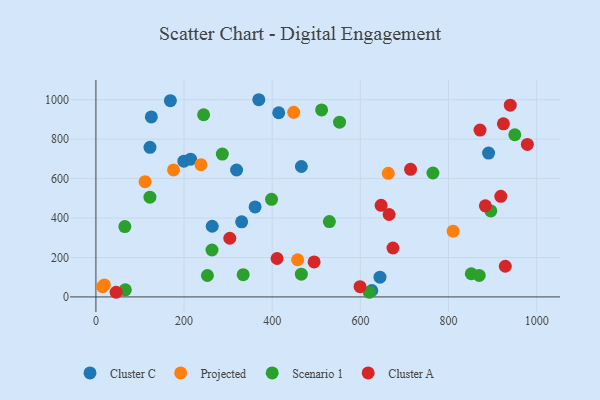
{"axis": {"x": "Speed", "y": "Exam Score"}, "legend": ["Cluster A", "Cluster C", "Projected", "Scenario 1"], "data": [{"x": "890.8", "y": 729.1, "type": "Cluster C"}, {"x": "199.5", "y": 688.0, "type": "Cluster C"}, {"x": "319.1", "y": 643.6, "type": "Cluster C"}, {"x": "125.7", "y": 912.4, "type": "Cluster C"}, {"x": "330.6", "y": 380.6, "type": "Cluster C"}, {"x": "466.1", "y": 661.2, "type": "Cluster C"}, {"x": "644.4", "y": 100.3, "type": "Cluster C"}, {"x": "214.7", "y": 698.4, "type": "Cluster C"}, {"x": "263.8", "y": 358.3, "type": "Cluster C"}, {"x": "414.7", "y": 933.7, "type": "Cluster C"}, {"x": "625.9", "y": 32.5, "type": "Cluster C"}, {"x": "369.5", "y": 999.8, "type": "Cluster C"}, {"x": "168.9", "y": 994.8, "type": "Cluster C"}, {"x": "361.1", "y": 456.5, "type": "Cluster C"}, {"x": "122.6", "y": 758.5, "type": "Cluster C"}, {"x": "238.3", "y": 670.6, "type": "Projected"}, {"x": "810.4", "y": 333.3, "type": "Projected"}, {"x": "19.2", "y": 60.9, "type": "Projected"}, {"x": "176.1", "y": 643.9, "type": "Projected"}, {"x": "15.2", "y": 51.4, "type": "Projected"}, {"x": "663.3", "y": 626.4, "type": "Projected"}, {"x": "111.5", "y": 584.3, "type": "Projected"}, {"x": "457.6", "y": 188.3, "type": "Projected"}, {"x": "448.7", "y": 935.9, "type": "Projected"}, {"x": "895.8", "y": 435.8, "type": "Scenario 1"}, {"x": "620.2", "y": 23.5, "type": "Scenario 1"}, {"x": "764.5", "y": 628.2, "type": "Scenario 1"}, {"x": "869.5", "y": 109.0, "type": "Scenario 1"}, {"x": "552.7", "y": 886.2, "type": "Scenario 1"}, {"x": "529.6", "y": 382.0, "type": "Scenario 1"}, {"x": "286.8", "y": 724.2, "type": "Scenario 1"}, {"x": "65.6", "y": 356.4, "type": "Scenario 1"}, {"x": "398.4", "y": 494.8, "type": "Scenario 1"}, {"x": "122.5", "y": 505.6, "type": "Scenario 1"}, {"x": "263.3", "y": 237.8, "type": "Scenario 1"}, {"x": "244.3", "y": 923.7, "type": "Scenario 1"}, {"x": "512.0", "y": 947.9, "type": "Scenario 1"}, {"x": "950.3", "y": 822.1, "type": "Scenario 1"}, {"x": "252.9", "y": 108.6, "type": "Scenario 1"}, {"x": "334.1", "y": 112.7, "type": "Scenario 1"}, {"x": "66.7", "y": 36.1, "type": "Scenario 1"}, {"x": "851.6", "y": 117.5, "type": "Scenario 1"}, {"x": "466.0", "y": 115.5, "type": "Scenario 1"}, {"x": "599.2", "y": 51.7, "type": "Cluster A"}, {"x": "495.0", "y": 177.2, "type": "Cluster A"}, {"x": "45.8", "y": 23.5, "type": "Cluster A"}, {"x": "871.4", "y": 845.9, "type": "Cluster A"}, {"x": "303.7", "y": 297.4, "type": "Cluster A"}, {"x": "940.0", "y": 972.0, "type": "Cluster A"}, {"x": "978.8", "y": 773.4, "type": "Cluster A"}, {"x": "918.5", "y": 510.0, "type": "Cluster A"}, {"x": "928.7", "y": 155.4, "type": "Cluster A"}, {"x": "673.9", "y": 247.9, "type": "Cluster A"}, {"x": "883.5", "y": 462.0, "type": "Cluster A"}, {"x": "411.0", "y": 194.7, "type": "Cluster A"}, {"x": "665.2", "y": 417.8, "type": "Cluster A"}, {"x": "713.8", "y": 646.9, "type": "Cluster A"}, {"x": "647.0", "y": 464.2, "type": "Cluster A"}, {"x": "924.4", "y": 877.4, "type": "Cluster A"}]}